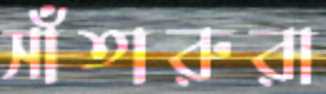
সাঁতারুরা